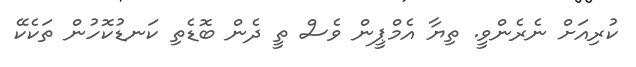
ކުރިއަށް ނެރެންވީ. ތިޔާ އެމްޕީން ވެސް ތީ ދެން ބޮޑެތި ކަނޑުކޮހުން ތަކެކޭ